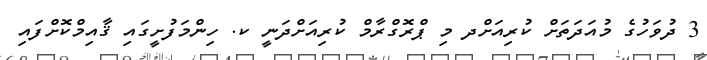
3 ދުވަހުގެ މުއަދަތަށް ކުރިއަށްދ މި ޕްރޮގްރާމް ކުރިއަށްދަނީ ކ. ހިންމަފުށީގައި ޤާއިމްކޮށްފައި